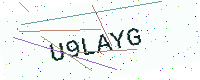
Text: U9LAYG